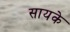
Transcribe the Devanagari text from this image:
सायके